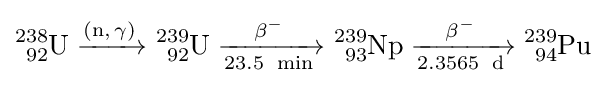
{\ce {^{238}_{92}U ->[{\ce {(n,\gamma)}}] ^{239}_{92}U ->[\beta^-][23.5 \ {\ce {min}}] ^{239}_{93}Np ->[\beta^-][2.3565 \ {\ce {d}}] ^{239}_{94}Pu}}